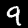
Label: 9